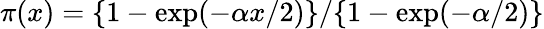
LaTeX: \pi(x)=\{ 1-\exp(-\alpha x/2)\} /\{ 1-\exp(-\alpha/2)\}